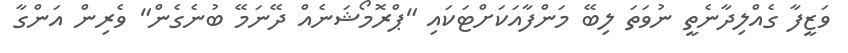
ވަޒީފާ ގެއްލިދާނެތީ ނުވަތަ ލިބޭ މަންފާއަކަށްޓަކައި "ޕްރޮމޯޝަނެއް ދޭނަމޭ ބުނެގެން" ވެރިން އަންގާ